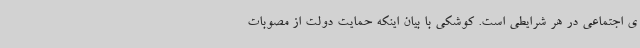
ی اجتماعی در هر شرایطی است. کوشکی با بیان اینکه حمایت دولت از مصوبات